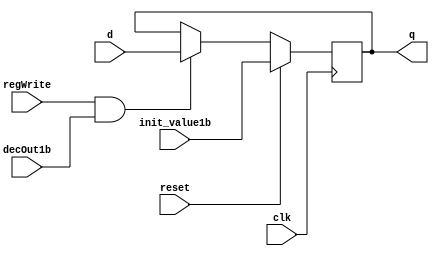
module D_ff(input clk, input reset, input init_value1b, input regWrite, input decOut1b, input d, output reg q);
	always @ (negedge clk)
	begin
		if(reset==1)
			q=init_value1b;
		else
			if(regWrite == 1 && decOut1b==1)
			begin
				q=d;
			end
	end
endmodule

module register32bit(input clk, input reset, input [31:0] init_value, input regWrite, input decOut1b, input [31:0] writeData,output [31:0] outBus);
	D_ff d0(clk,reset,init_value[0],regWrite,decOut1b,writeData[0],outBus[0]);
	D_ff d1(clk,reset,init_value[1],regWrite,decOut1b,writeData[1],outBus[1]);
	D_ff d2(clk,reset,init_value[2],regWrite,decOut1b,writeData[2],outBus[2]);
	D_ff d3(clk,reset,init_value[3],regWrite,decOut1b,writeData[3],outBus[3]);
	D_ff d4(clk,reset,init_value[4],regWrite,decOut1b,writeData[4],outBus[4]);
	D_ff d5(clk,reset,init_value[5],regWrite,decOut1b,writeData[5],outBus[5]);
	D_ff d6(clk,reset,init_value[6],regWrite,decOut1b,writeData[6],outBus[6]);
	D_ff d7(clk,reset,init_value[7],regWrite,decOut1b,writeData[7],outBus[7]);
	D_ff d8(clk,reset,init_value[8],regWrite,decOut1b,writeData[8],outBus[8]);
	D_ff d9(clk,reset,init_value[9],regWrite,decOut1b,writeData[9],outBus[9]);
	D_ff d10(clk,reset,init_value[10],regWrite,decOut1b,writeData[10],outBus[10]);
	D_ff d11(clk,reset,init_value[11],regWrite,decOut1b,writeData[11],outBus[11]);
	D_ff d12(clk,reset,init_value[12],regWrite,decOut1b,writeData[12],outBus[12]);
	D_ff d13(clk,reset,init_value[13],regWrite,decOut1b,writeData[13],outBus[13]);
	D_ff d14(clk,reset,init_value[14],regWrite,decOut1b,writeData[14],outBus[14]);
	D_ff d15(clk,reset,init_value[15],regWrite,decOut1b,writeData[15],outBus[15]);
	D_ff d16(clk,reset,init_value[16],regWrite,decOut1b,writeData[16],outBus[16]);
	D_ff d17(clk,reset,init_value[17],regWrite,decOut1b,writeData[17],outBus[17]);
	D_ff d18(clk,reset,init_value[18],regWrite,decOut1b,writeData[18],outBus[18]);
	D_ff d19(clk,reset,init_value[19],regWrite,decOut1b,writeData[19],outBus[19]);
	D_ff d20(clk,reset,init_value[20],regWrite,decOut1b,writeData[20],outBus[20]);
	D_ff d21(clk,reset,init_value[21],regWrite,decOut1b,writeData[21],outBus[21]);
	D_ff d22(clk,reset,init_value[22],regWrite,decOut1b,writeData[22],outBus[22]);
	D_ff d23(clk,reset,init_value[23],regWrite,decOut1b,writeData[23],outBus[23]);
	D_ff d24(clk,reset,init_value[24],regWrite,decOut1b,writeData[24],outBus[24]);
	D_ff d25(clk,reset,init_value[25],regWrite,decOut1b,writeData[25],outBus[25]);
	D_ff d26(clk,reset,init_value[26],regWrite,decOut1b,writeData[26],outBus[26]);
	D_ff d27(clk,reset,init_value[27],regWrite,decOut1b,writeData[27],outBus[27]);
	D_ff d28(clk,reset,init_value[28],regWrite,decOut1b,writeData[28],outBus[28]);
	D_ff d29(clk,reset,init_value[29],regWrite,decOut1b,writeData[29],outBus[29]);
	D_ff d30(clk,reset,init_value[30],regWrite,decOut1b,writeData[30],outBus[30]);
	D_ff d31(clk,reset,init_value[31],regWrite,decOut1b,writeData[31],outBus[31]);
endmodule

module mux16to1_32bit(input [31:0] in0, input [31:0] in1, input [31:0] in2, input [31:0] in3, input [31:0] in4, input
[31:0] in5, input [31:0] in6, input [31:0] in7, input [31:0] in8, input [31:0] in9, input [31:0] in10, input [31:0] in11, input [31:0] in12, input [31:0] in13, input [31:0] in14, input [31:0] in15, input [3:0] Sel, output reg [31:0] muxOut);
	always @ (in0,in1,in2,in3,in4,in5,in6,in7,in8,in9,in10,in11,in12,in13,in14,in15,Sel)
	begin
		case(Sel)
			4'd0:	muxOut=in0;
			4'd1:	muxOut=in1;
			4'd2:	muxOut=in2;
			4'd3:	muxOut=in3;
			4'd4:	muxOut=in4;
			4'd5:	muxOut=in5;
			4'd6:	muxOut=in6;
			4'd7:	muxOut=in7;
			4'd8:	muxOut=in8;
			4'd9:	muxOut=in9;
			4'd10:	muxOut=in10;
			4'd11:	muxOut=in11;
			4'd12:	muxOut=in12;
			4'd13:	muxOut=in13;
			4'd14:	muxOut=in14;
			4'd15:	muxOut=in15;
		endcase
	end
endmodule
		
module decoder4to16(input [3:0] destReg, output reg [15:0] decOut);
	always @ (destReg)
	begin
		case(destReg)
			4'd0:	decOut=16'b0000000000000001;
			4'd1:	decOut=16'b0000000000000010;
			4'd2:	decOut=16'b0000000000000100;
			4'd3:	decOut=16'b0000000000001000;
			4'd4:	decOut=16'b0000000000010000;
			4'd5:	decOut=16'b0000000000100000;
			4'd6:	decOut=16'b0000000001000000;
			4'd7:	decOut=16'b0000000010000000;
			4'd8:	decOut=16'b0000000100000000;
			4'd9:	decOut=16'b0000001000000000;
			4'd10:	decOut=16'b0000010000000000;
			4'd11:	decOut=16'b0000100000000000;
			4'd12:	decOut=16'b0001000000000000;
			4'd13:	decOut=16'b0010000000000000;
			4'd14:	decOut=16'b0100000000000000;
			4'd15:	decOut=16'b1000000000000000;
		endcase
	end
endmodule

module registerFile( input clk, input reset, input [31:0] init_reg0, input [31:0] init_reg1, input [31:0] init_reg2, input [31:0]
init_reg3, input [31:0] init_reg4, input [31:0] init_reg5, input [31:0] init_reg6, input [31:0] init_reg7, input [31:0] init_reg8, input [31:0] init_reg9, input [31:0] init_reg10, input [31:0] init_reg11, input [31:0] init_reg12, input [31:0] init_reg13, input [31:0] init_reg14, input [31:0] init_reg15, input [3:0] srcA, input [3:0] srcB, input [3:0] srcC, input [3:0] wr, input regWrite, input [31:0] writeData, output [31:0] outA, output [31:0] outB, output [31:0] outC);
	wire [15:0] decOut;
	wire [31:0] outReg0,outReg1,outReg2,outReg3,outReg4,outReg5,outReg6,outReg7,outReg8,outReg9,outReg10,outReg11,outReg12,outReg13,outReg14,outReg15;
	
	decoder4to16 dec(wr,decOut);
		
	register32bit r0(clk,reset,init_reg0,regWrite,decOut[0],writeData,outReg0);
	register32bit r1(clk,reset,init_reg1,regWrite,decOut[1],writeData,outReg1);
	register32bit r2(clk,reset,init_reg2,regWrite,decOut[2],writeData,outReg2);
	register32bit r3(clk,reset,init_reg3,regWrite,decOut[3],writeData,outReg3);
	register32bit r4(clk,reset,init_reg4,regWrite,decOut[4],writeData,outReg4);
	register32bit r5(clk,reset,init_reg5,regWrite,decOut[5],writeData,outReg5);
	register32bit r6(clk,reset,init_reg6,regWrite,decOut[6],writeData,outReg6);
	register32bit r7(clk,reset,init_reg7,regWrite,decOut[7],writeData,outReg7);
	register32bit r8(clk,reset,init_reg8,regWrite,decOut[8],writeData,outReg8);
	register32bit r9(clk,reset,init_reg9,regWrite,decOut[9],writeData,outReg9);
	register32bit r10(clk,reset,init_reg10,regWrite,decOut[10],writeData,outReg10);
	register32bit r11(clk,reset,init_reg11,regWrite,decOut[11],writeData,outReg11);
	register32bit r12(clk,reset,init_reg12,regWrite,decOut[12],writeData,outReg12);
	register32bit r13(clk,reset,init_reg13,regWrite,decOut[13],writeData,outReg13);
	register32bit r14(clk,reset,init_reg14,regWrite,decOut[14],writeData,outReg14);
	register32bit r15(clk,reset,init_reg15,regWrite,decOut[15],writeData,outReg15);
	
	mux16to1_32bit muxA(outReg0,outReg1,outReg2,outReg3,outReg4,outReg5,outReg6,outReg7,outReg8,outReg9,outReg10,outReg11,outReg12,outReg13,outReg14,outReg15,srcA,outA);
	
	mux16to1_32bit muxB(outReg0,outReg1,outReg2,outReg3,outReg4,outReg5,outReg6,outReg7,outReg8,outReg9,outReg10,outReg11,outReg12,outReg13,outReg14,outReg15,srcB,outB);
	
	mux16to1_32bit muxC(outReg0,outReg1,outReg2,outReg3,outReg4,outReg5,outReg6,outReg7,outReg8,outReg9,outReg10,outReg11,outReg12,outReg13,outReg14,outReg15,srcC,outC);
endmodule